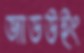
জাডউইং